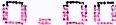
0.00